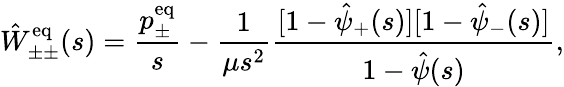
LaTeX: \hat{W}_{\pm\pm}^{\mathrm{eq}}(s)=\frac{p_{\pm}^{\mathrm{eq}}}{s}-\frac{1}{\mu s^{2}}\frac{[1-\hat{\psi}_{+}(s)][1-\hat{\psi}_{-}(s)]}{1-\hat{\psi}(s)},